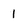
Character: 1